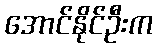
အောင်နိုင်ဦးက